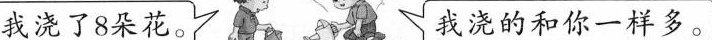
我浇了8朵花。 我浇的和你一样多。